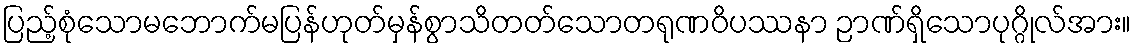
ပြည့်စုံသောမဘောက်မပြန်ဟုတ်မှန်စွာသိတတ်သောတရုဏဝိပဿနာ ဉာဏ်ရှိသောပုဂ္ဂိုလ်အား။